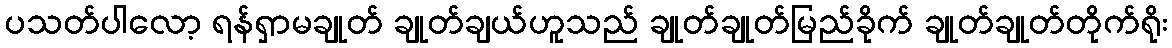
ပသတ်ပါလော့ ရန်ရှာမချုတ် ချုတ်ချယ်ဟူသည် ချုတ်ချုတ်မြည်ခိုက် ချုတ်ချုတ်တိုက်ရိုး